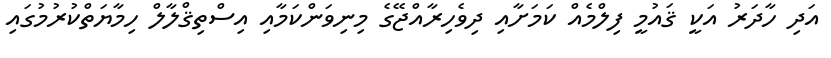
އަދި ހާދަރު އަކީ ޤައުމީ ފިލްމެއް ކަމަށާއި ދިވެހިރާއްޖޭގެ މިނިވަންކަމާއި އިސްތިޤްލާލް ހިމާޔަތްކުރުމުގައި